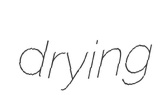
drying